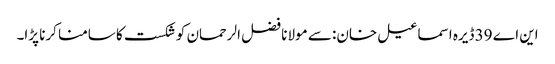
این اے 39 ڈیرہ اسماعیل خان: سے مولانا فضل الرحمان کو شکست کا سامنا کرنا پڑا۔